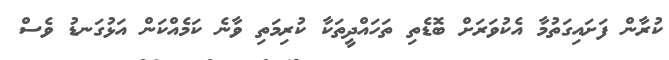
ކުރާން ފަށައިގަތުމާ އެކުވަރަށް ބޮޑެތި ތަހައްދީތަކާ ކުރިމަތި ވާނެ ކަމެއްކަން އަޅުގަނޑު ވެސް